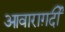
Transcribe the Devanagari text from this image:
आवाराग़र्दी